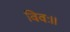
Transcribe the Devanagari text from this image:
विवः॥